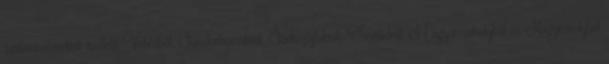
szatmárnémetiek mellett Vetésből, Sándorhomokról, Sárközújlakról, Tasnádról, Magyarcsaholyból és Nagykárolyból